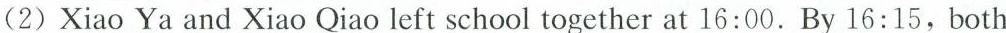
(2)Xiao Ya and Xiao Qiao left school together at 16:00.By 16:15,both